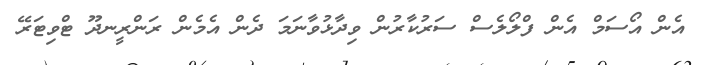
އެން އޯސަމް އެން ފްލޯލެސް ސަރުކާރުން ވިދާޅުވާނަމަ ދެން އެމެން ރަންރީނދޫ ޓްވިޓަރޭ